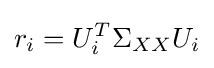
r_{i}=U_{i}^{T}\Sigma _{XX}U_{i}